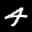
Label: 4